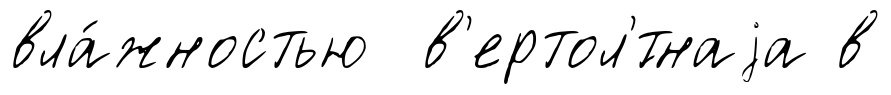
вла́жностью в'ертол'́тнаjа в